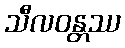
သီလဝန္တဿ